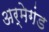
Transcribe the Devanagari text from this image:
अर्मेगंड